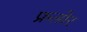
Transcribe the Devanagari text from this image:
फ्रलोर